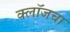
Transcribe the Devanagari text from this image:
क्लॉजचा